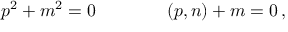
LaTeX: p ^ { 2 } + m ^ { 2 } = 0 \qquad \qquad ( p , n ) + m = 0 \, ,